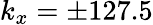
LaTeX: k_{x}=\pm 127.5